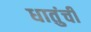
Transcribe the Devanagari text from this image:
धातुंची